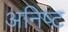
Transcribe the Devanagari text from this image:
अनिष्‍ट